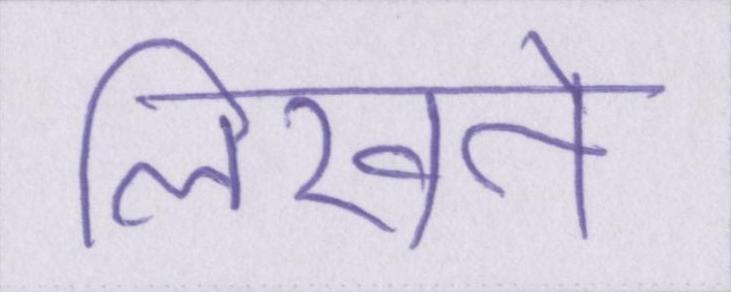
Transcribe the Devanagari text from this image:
लिखने